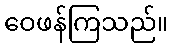
ဝေဖန်ကြသည်။